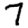
Digit: 7